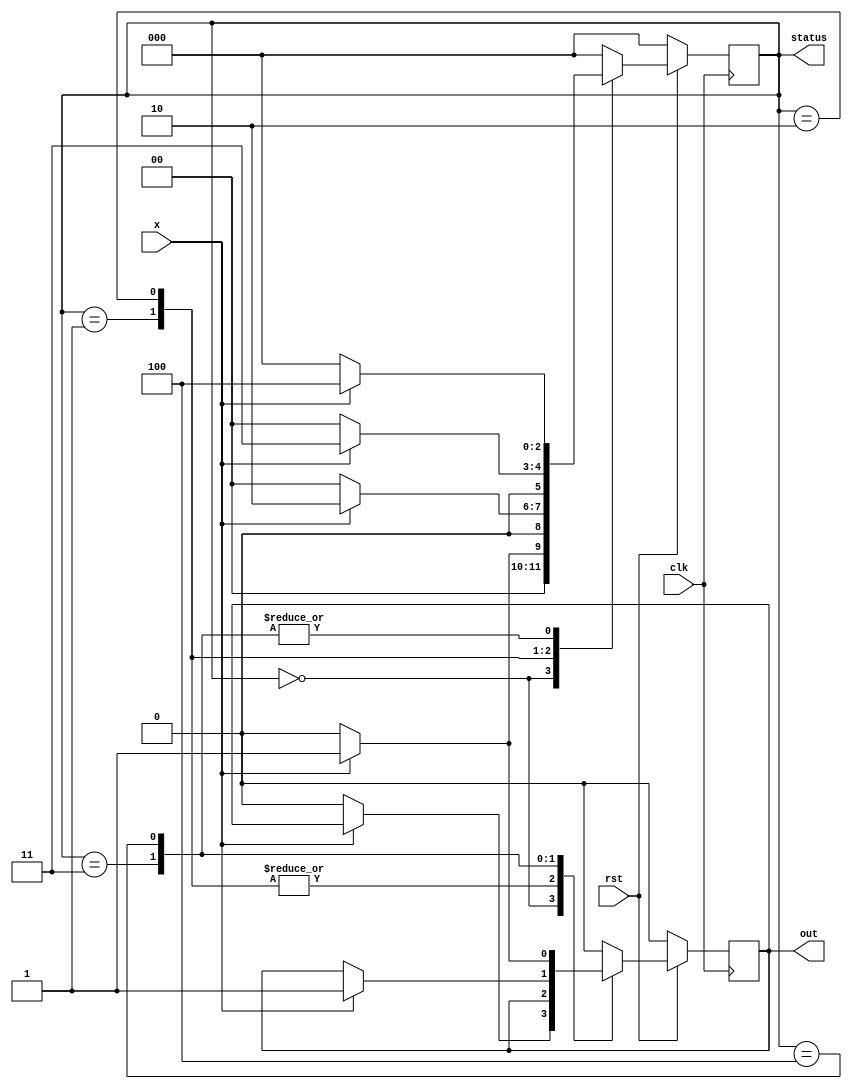
`timescale 1ns/100ps


module  seqdet1111( x,out,clk,rst,status);
input  clk , rst ,x;
output out;

output[2:0] status ;

reg[2:0]  status ;
reg out;
parameter IDLE='d0,  A='d1,  B='d2,
                     C='d3,  D='d4;


always @(posedge clk ) begin 
	if(!rst) begin
		out <= 0;
		status <= IDLE ;
	end
	else begin
		case ( status )
			IDLE : begin 
				if ( x == 1)
					status <= A ;
				else begin 
					status <= IDLE ;
					out <= 0;
				end 
			end
			A :begin 
				if ( x == 1)
					status <= B ;
				else 
					status <= IDLE ;
			end
			B :begin 
				if ( x == 1)
					status <= C ;
				else 
					status <= IDLE ;
			end
			C :begin 
				if ( x == 1) begin 
					status <= D ;
					out <=  1;
				end 
				else 
					status <= IDLE ;

			end
			D :begin 
				if ( x == 1) begin 
					status <= D ;
					out <=  1;
				end
				else begin
					status <= IDLE ;
					out <= 0;
				end

			end
			default :begin 
					status <= IDLE ;
					out <= 0;
			end 

		endcase
	end
end

endmodule